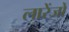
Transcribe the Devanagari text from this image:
लारेंजों